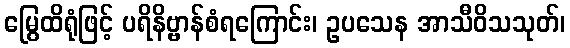
မြွေထိရုံဖြင့် ပရိနိဗ္ဗာန်စံရကြောင်း၊ ဥပသေန အာသီဝိသသုတ်၊